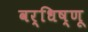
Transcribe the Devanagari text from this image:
वर्धिष्णू